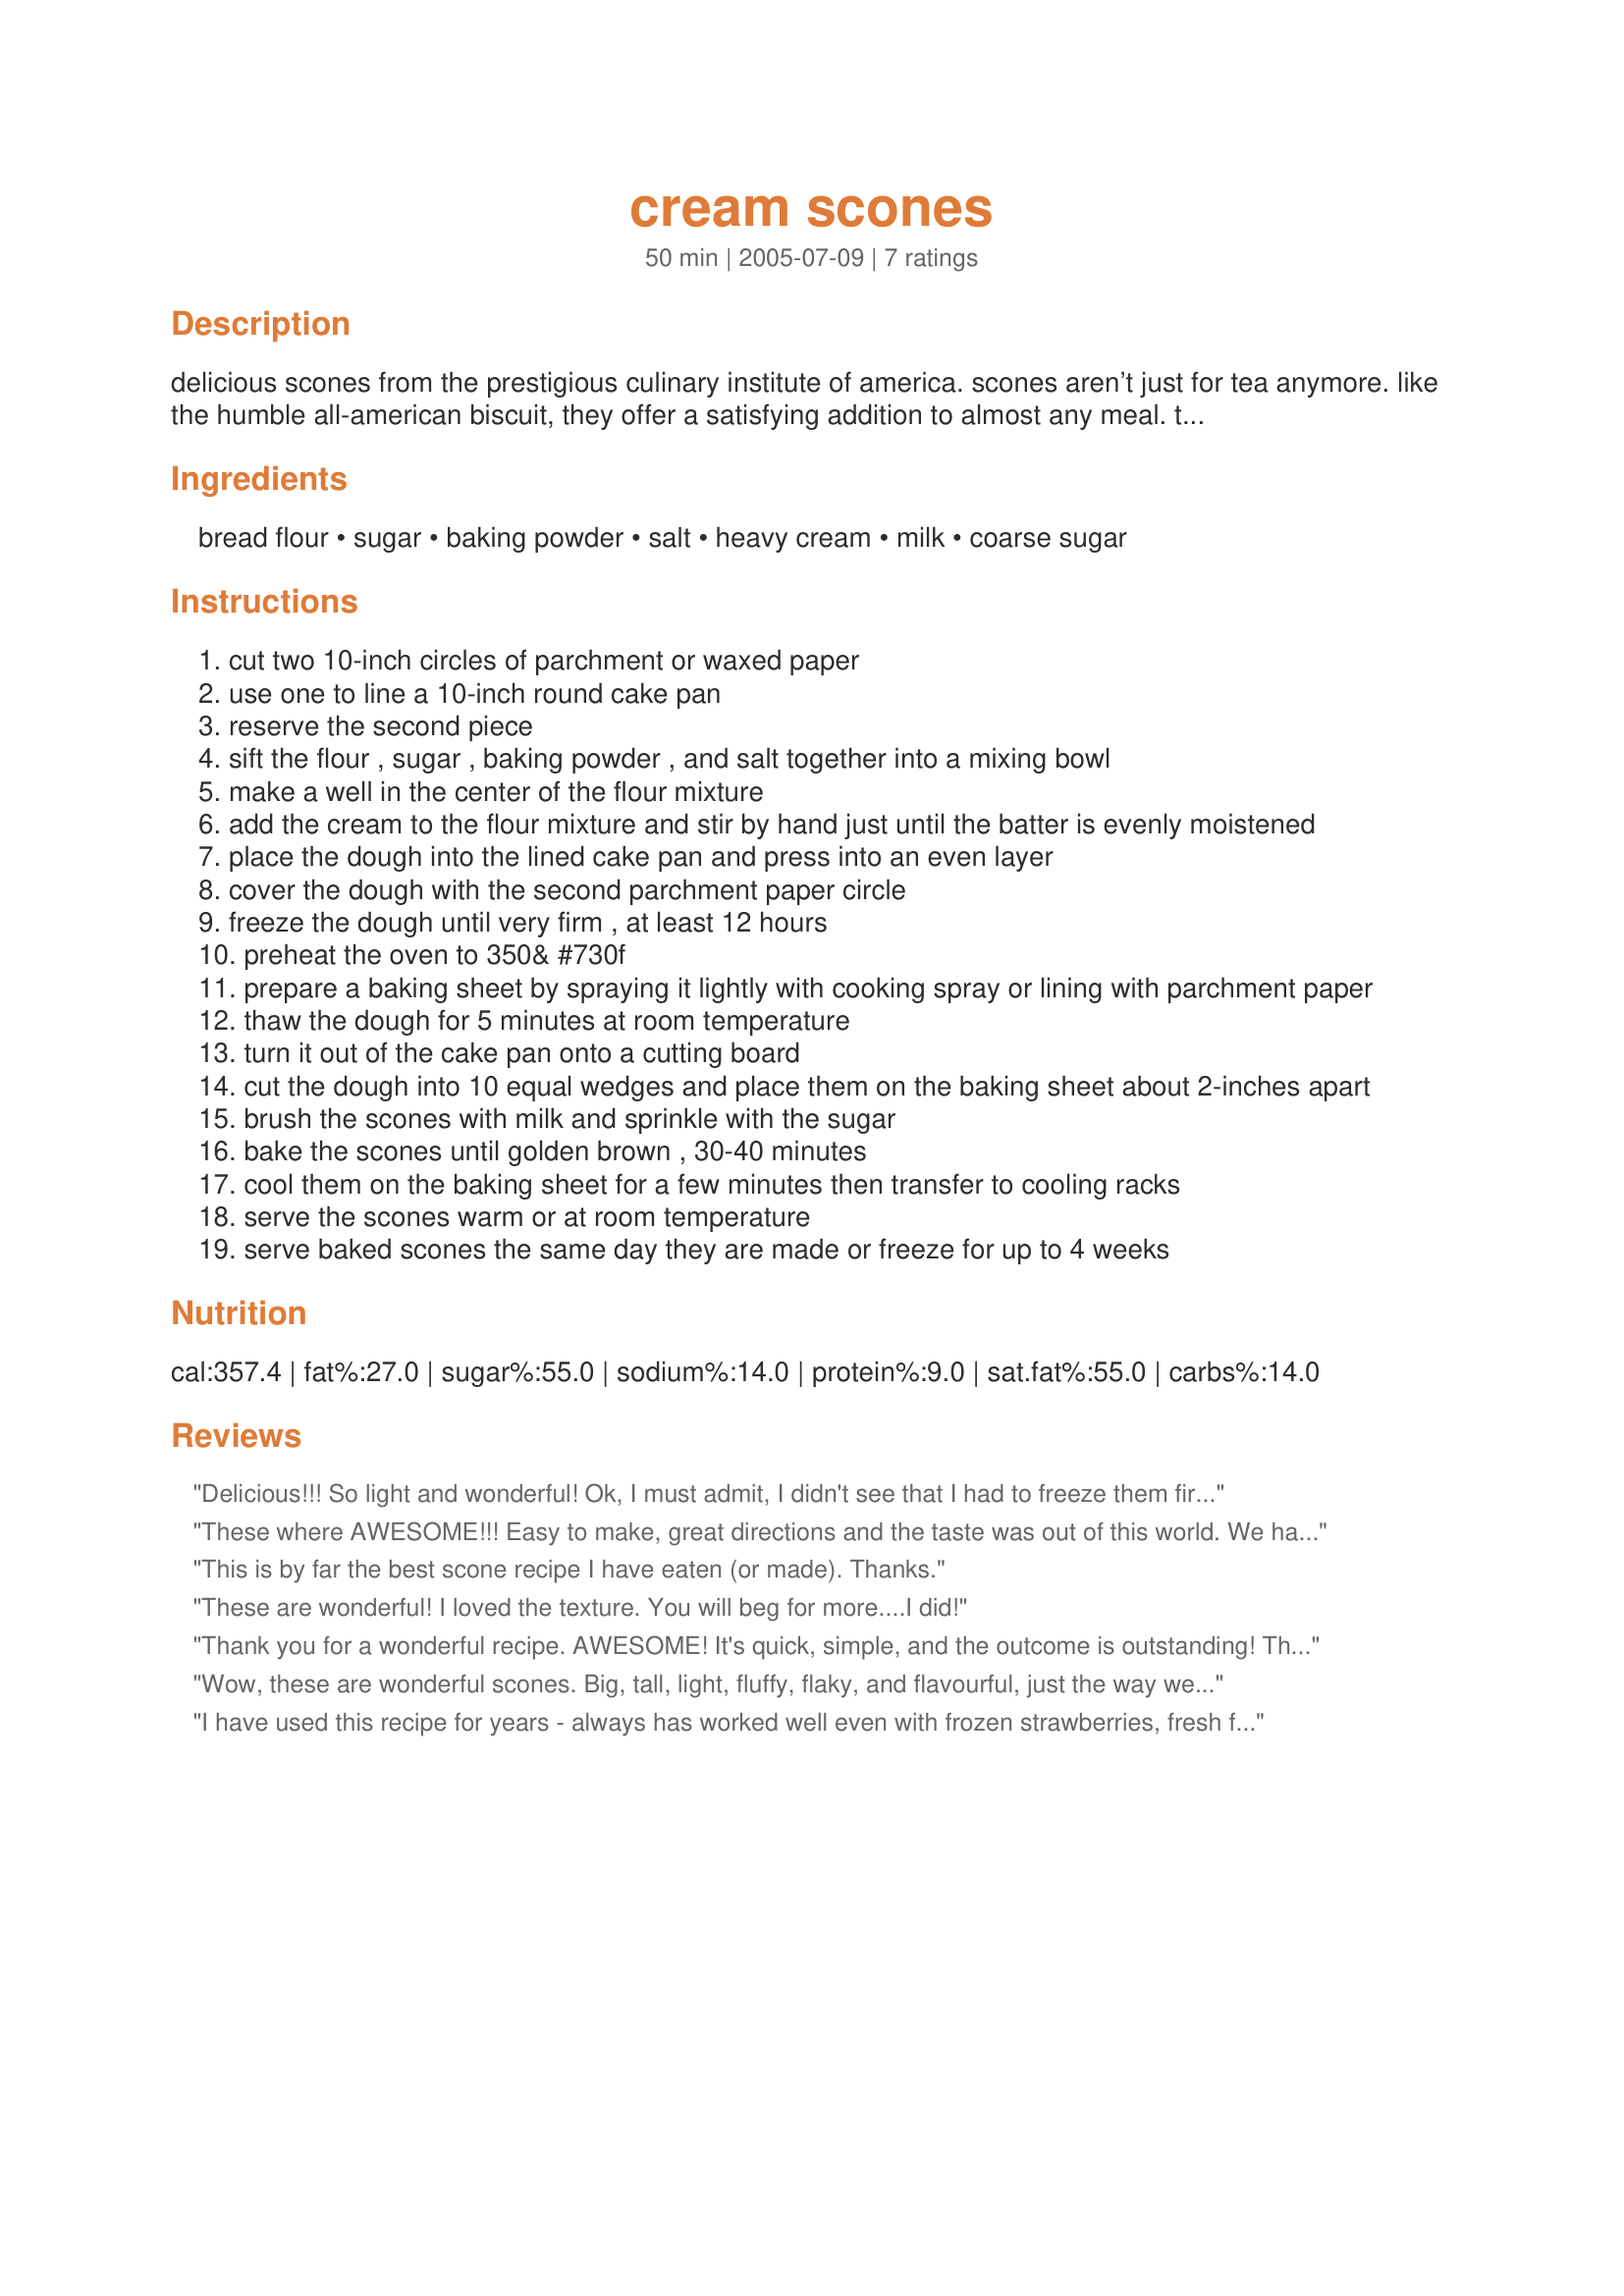
cream scones
Preparation time: 50 minutes

delicious scones from the prestigious culinary institute of america. scones aren’t just for tea anymore. like the humble all-american biscuit, they offer a satisfying addition to almost any meal. these light, flaky crumb and tender texture scones complement any dish. scones have gone from the classic teatime essential to a trendy and sophisticated anytime snack. these are hands down the most tender and delicious scones i have ever eaten. (the scone dough must be frozen for up to 12 hours before use).

for tender, flaky scones refer to these guidelines:
1. do not over mix. if you work the dough too much, your scones will be tough and chewy.
2. roll or pat the dough so that it is at least one-half inch thick. thicker dough results in a better shape and lighter texture.
3. watch the clock when baking. like most baked goods, scones continue to bake as they cool.

Ingredients:
bread flour, sugar, baking powder, salt, heavy cream, milk, coarse sugar

Steps:
cut two 10-inch circles of parchment or waxed paper
use one to line a 10-inch round cake pan
reserve the second piece
sift the flour , sugar , baking powder , and salt together into a mixing bowl
make a well in the center of the flour mixture
add the cream to the flour mixture and stir by hand just until the batter is evenly moistened
place the dough into the lined cake pan and press into an even layer
cover the dough with the second parchment paper circle
freeze the dough until very firm , at least 12 hours
preheat the oven to 350& #730f
prepare a baking sheet by spraying it lightly with cooking spray or lining with parchment paper
thaw the dough for 5 minutes at room temperature
turn it out of the cake pan onto a cutting board
cut the dough into 10 equal wedges and place them on the baking sheet about 2-inches apart
brush the scones with milk and sprinkle with the sugar
bake the scones until golden brown , 30-40 minutes
cool them on the baking sheet for a few minutes then transfer to cooling racks
serve the scones warm or at room temperature
serve baked scones the same day they are made or freeze for up to 4 weeks

Reviews:
Delicious!!! So light and wonderful! Ok, I must admit, I didn't see that I had to freeze them first...and my boys were too impatient to wait. So I just gently patted into a round shape, cut into wedges, and transfered to baking sheet. They puffed up quite a bit!!! Mmmmmm! We had our with some berry jam!
These where AWESOME!!! Easy to make, great directions and the taste was out of this world. We had never had scones before, let alone make them so I was not real sure what I was doing. But your directions made it simple. I think I cut mine a little to large as they rose together in the oven and didn't look so pretty - but they tasted great. I'll be doing these again often. I served with French Tart's "perfect cup of tea" and clotted cream with strawberry jam and now both DH and I are addicted. He wants these often and so do I. Thanks NcMS for a great recipe. I'll be posting a picture later even if it's not so pretty.
This is by far the best scone recipe I have eaten (or made). Thanks.
These are wonderful! I loved the texture. You will beg for more....I did!
Thank you for a wonderful recipe. AWESOME! It's quick, simple, and the outcome is outstanding! The scones are melt-in-your mouth delicious and delicately tender. Thumbs up! Using a springform pan made the process swift and cleanup a breeze. These will quickly become a family favorite. Reminds me of living in Britain some 35 years ago.
Wow, these are wonderful scones. Big, tall, light, fluffy, flaky, and flavourful, just the way we like them. We really enjoyed these, I served them with whipped cream and fresh blackberries and mangoes. It was a very tasty dessert. I can't wait to make these again. I wish that I would have made a whole batch instead of half a batch. I won't make that mistake again...they were gone too quickly. Thanks so much for sharing.
I have used this recipe for years - always has worked well even with frozen strawberries, fresh fruit, dried fruit and added orange or lemon zest - don't add more than 1-1/2 cups of fruit.
